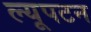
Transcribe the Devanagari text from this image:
ल्यूपटन